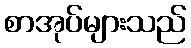
စာအုပ်များသည်